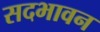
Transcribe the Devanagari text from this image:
सदभावन